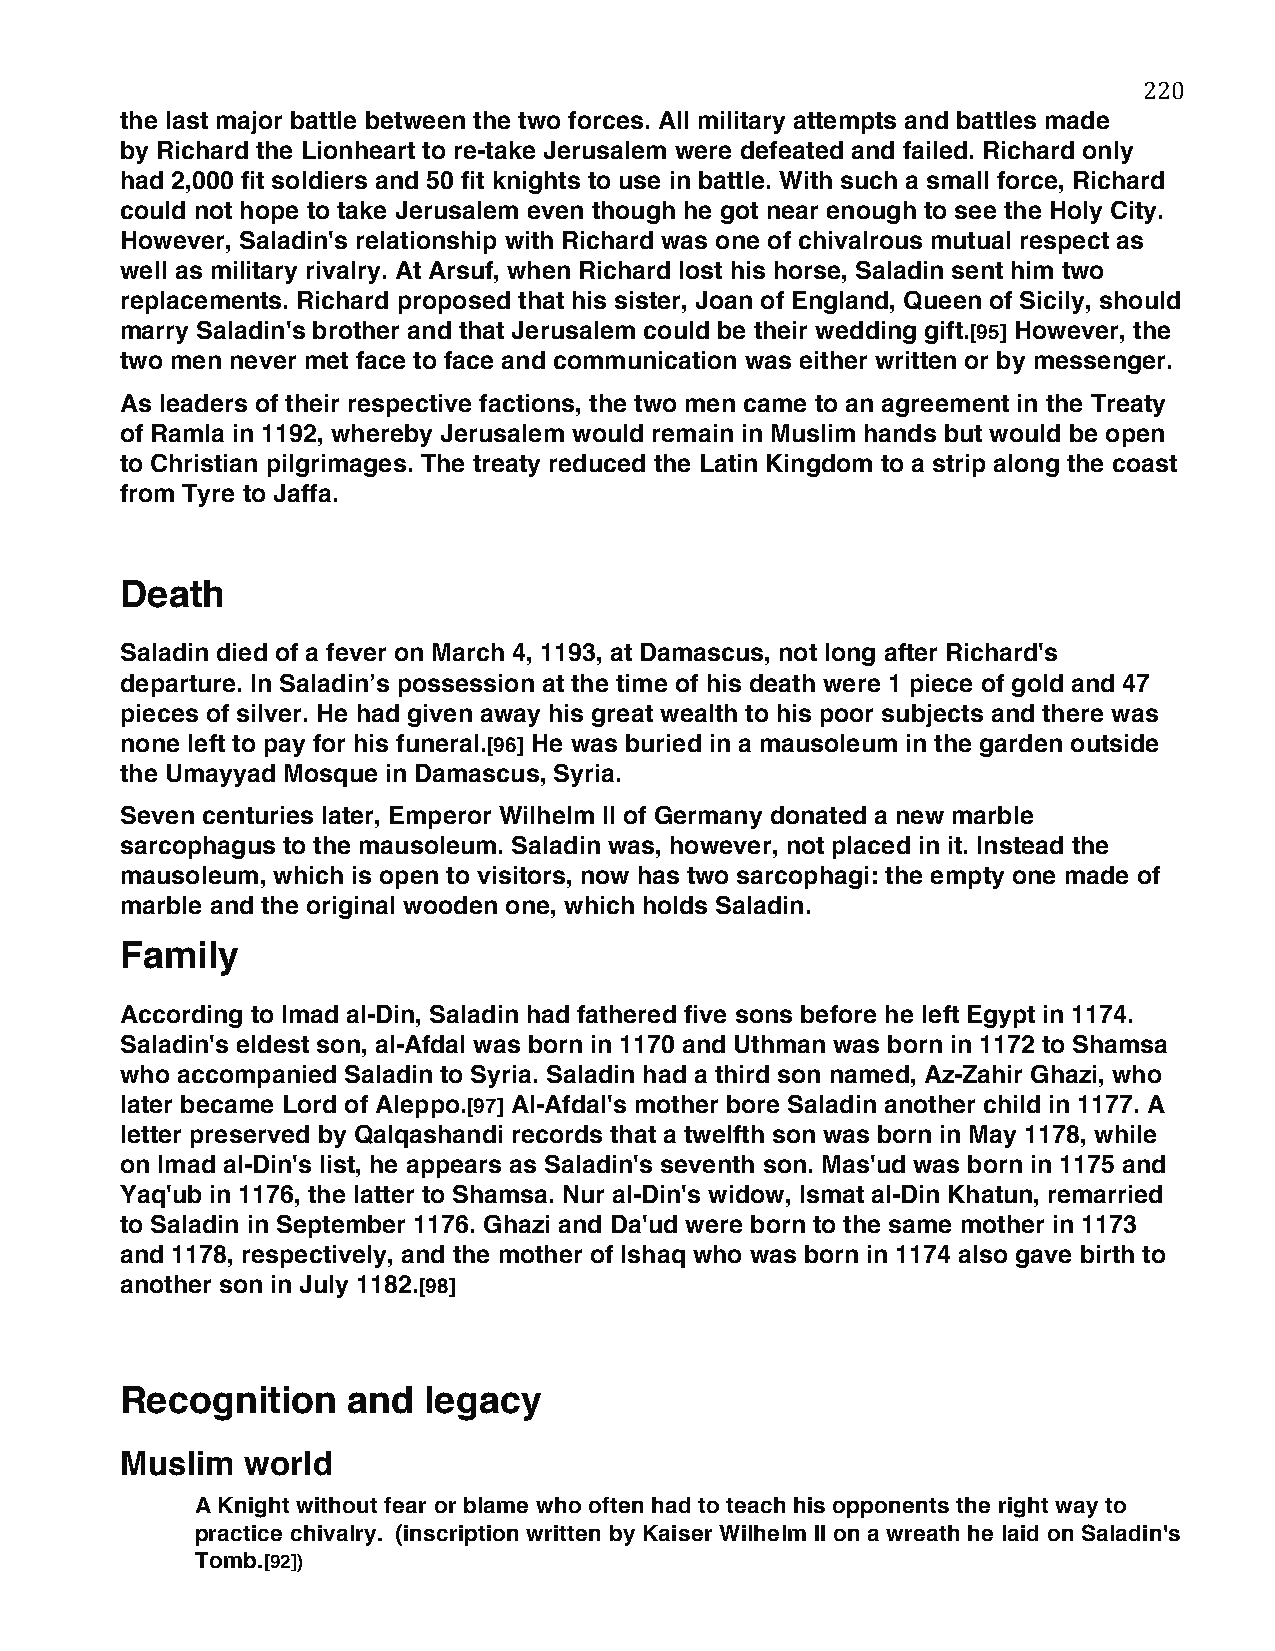
220
 the last major battle between the two forces. All military attempts and battles made
 by Richard the Lionheart to re-take Jerusalem were defeated and failed. Richard only
 had 2,000 fit soldiers and 50 fit knights to use in battle. With such a small force, Richard
 could not hope to take Jerusalem even though he got near enough to see the Holy City.
 However, Saladin's relationship with Richard was one of chivalrous mutual respect as
 well as military rivalry. At Arsuf, when Richard lost his horse, Saladin sent him two
 replacements. Richard proposed that his sister, Joan of England, Queen of Sicily, should
 marry Saladin's brother and that Jerusalem could be their wedding gift.[95] However, the
 two men never met face to face and communication was either written or by messenger.
 As leaders of their respective factions, the two men came to an agreement in the Treaty
 of Ramla in 1192, whereby Jerusalem would remain in Muslim hands but would be open
 to Christian pilgrimages. The treaty reduced the Latin Kingdom to a strip along the coast
 from Tyre to Jaffa.
 Death
 Saladin died of a fever on March 4, 1193, at Damascus, not long after Richard's
 departure. In Saladin’s possession at the time of his death were 1 piece of gold and 47
 pieces of silver. He had given away his great wealth to his poor subjects and there was
 none left to pay for his funeral.[96] He was buried in a mausoleum in the garden outside
 the Umayyad Mosque in Damascus, Syria.
 Seven centuries later, Emperor Wilhelm II of Germany donated a new marble
 sarcophagus to the mausoleum. Saladin was, however, not placed in it. Instead the
 mausoleum, which is open to visitors, now has two sarcophagi: the empty one made of
 marble and the original wooden one, which holds Saladin.
 Family
 According to Imad al-Din, Saladin had fathered five sons before he left Egypt in 1174.
 Saladin's eldest son, al-Afdal was born in 1170 and Uthman was born in 1172 to Shamsa
 who accompanied Saladin to Syria. Saladin had a third son named, Az-Zahir Ghazi, who
 later became Lord of Aleppo.[97] Al-Afdal's mother bore Saladin another child in 1177. A
 letter preserved by Qalqashandi records that a twelfth son was born in May 1178, while
 on Imad al-Din's list, he appears as Saladin's seventh son. Mas'ud was born in 1175 and
 Yaq'ub in 1176, the latter to Shamsa. Nur al-Din's widow, Ismat al-Din Khatun, remarried
 to Saladin in September 1176. Ghazi and Da'ud were born to the same mother in 1173
 and 1178, respectively, and the mother of Ishaq who was born in 1174 also gave birth to
 another son in July 1182.[98]
 Recognition    and  legacy
 Muslim  world
 A Knight without fear or blame who often had to teach his opponents the right way to
 practice chivalry. (inscription written by Kaiser Wilhelm II on a wreath he laid on Saladin's
 Tomb.[92])